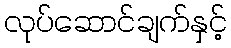
လုပ်ဆောင်ချက်နှင့်